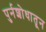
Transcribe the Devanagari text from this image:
पुर्नशोधातून